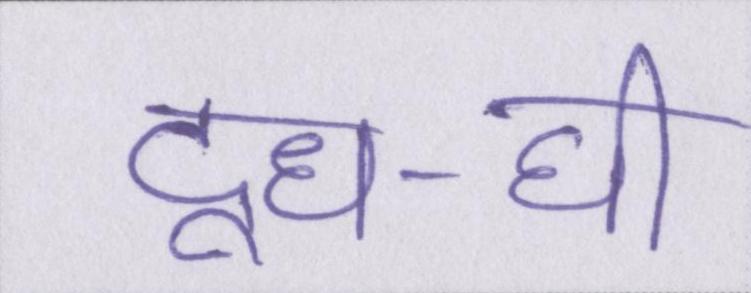
दूध-घी